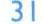
31